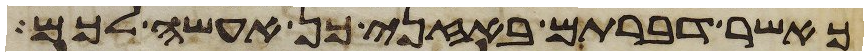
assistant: כאשר דברתם באזני כן אעשה לכם